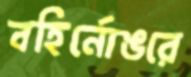
বহির্নোঙরে